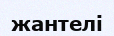
жантелі